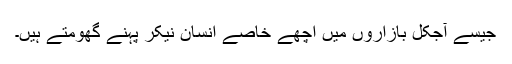
جیسے آجکل بازاروں میں اچھے خاصے انسان نیکر پہنے گھومتے ہیں۔